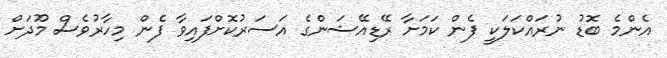
އެންމެ ބޮޑު ނުރައްކަލަކީ ފެން ކަމަށާ ރޭޑިއޭޝަންގެ އަސަރުކޮށްފައިވާ ފެން މިހާރުވެސް މޫދަށް